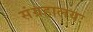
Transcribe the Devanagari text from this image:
संग्रहालयः